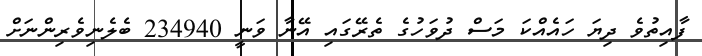
ފާއިތުވެ ދިޔަ ހައެއްކަ މަސް ދުވަހުގެ ތެރޭގައި އޭނާ ވަނީ 234940 ބެލެނިވެރިންނަށް